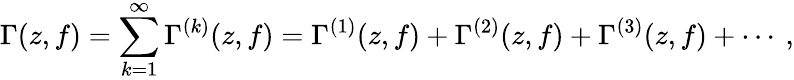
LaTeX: \Gamma(z,f)=\sum_{k=1}^{\infty}\Gamma^{(k)}(z,f)=\Gamma^{(1)}(z,f)+\Gamma^{(2)}(z,f)+\Gamma^{(3)}(z,f)+\cdots\: ,